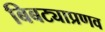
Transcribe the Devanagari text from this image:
बिबट्याप्रणव